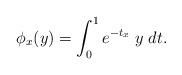
LaTeX: \begin{align*}\phi_x(y)=\int_0^1 e^{-t_x}\;y\;dt.\end{align*}